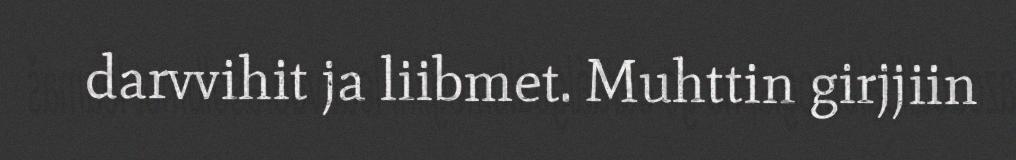
darvvihit ja liibmet. Muhttin girjjiin